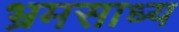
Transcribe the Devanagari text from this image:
भ्रमसाध्य